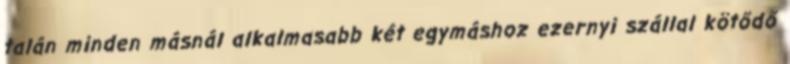
talán minden másnál alkalmasabb két egymáshoz ezernyi szállal kötődő